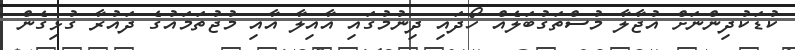
ކުޑަކުދިންނަށް އުޖާލާ މުސްތަގުބަލެއް ހޯދައި ދިނުމުގައި އާއިލާ އާއި މުޖުތަމައުގެ ދައުރާ ގުޅިގެން